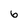
Character: 6